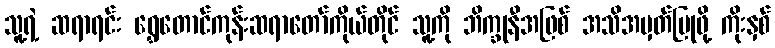
သူ့ရဲ့ ဆရာရင်း ရွှေတောင်ကုန်းဆရာတော်ကိုယ်တိုင် သူ့ကို ဘိက္ခုနီအဖြစ် အသိအမှတ်ပြုဖို့ ကိုးနှစ်